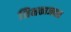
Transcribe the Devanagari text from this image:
शिक्षकाजवळ